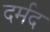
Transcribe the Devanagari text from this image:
दर्मद